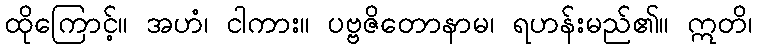
ထိုကြောင့်။ အဟံ၊ ငါကား။ ပဗ္ဗဇိတောနာမ၊ ရဟန်းမည်၏။ ဣတိ၊